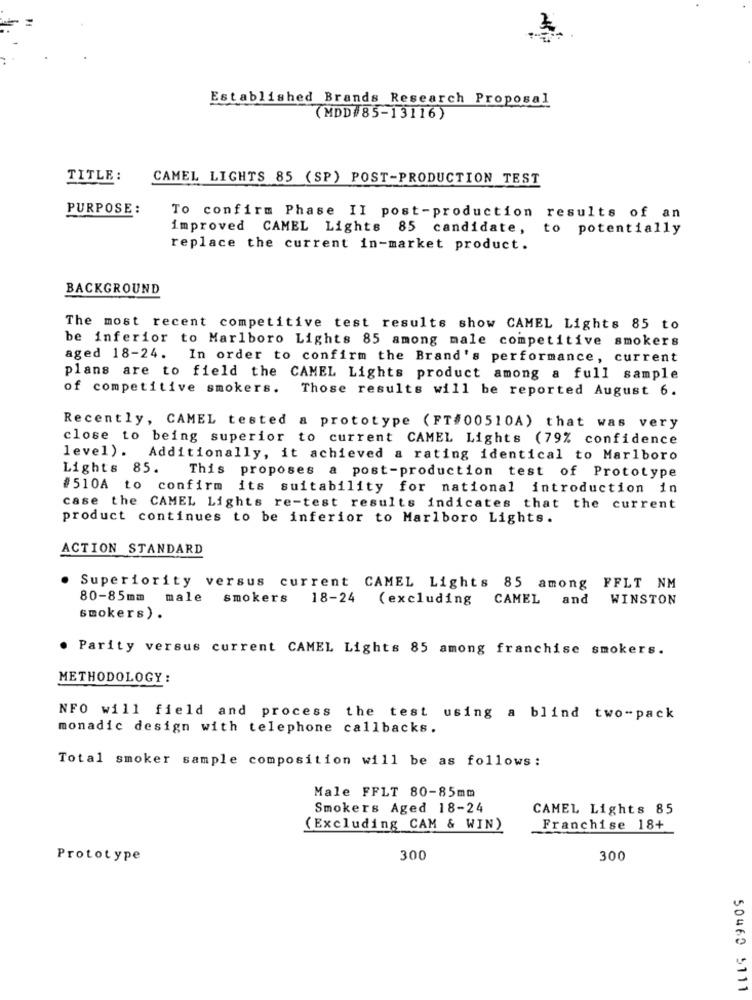
Established Brands Research Proposal
(MDD#85-13116)
TITLE:
CAMEL LIGHTS 85 (SP) POST-PRODUCTION TEST
PURPOSE:
To confirm Phase II post-production results of an
improved CAMEL Lights 85 candidate, to potentially
replace the current in-market product.
BACKGROUND
The most recent competitive test results show CAMEL Lights 85 to
be inferior to Marlboro Lights 85 among male competitive smokers
aged 18-24. In order to confirm the Brand's performance, current
plans are to field the CAMEL Lights product among a full sample
of competitive smokers.
Those results will be reported August 6.
Recently, CAMEL tested a prototype (FT#00510A) that was very
close to being superior to current CAMEL Lights (79% confidence
level). Additionally, it achieved a rating identical to Marlboro
Lights 85.
This proposes a post-production test of Prototype
#510A to confirm its suitability for national introduction in
case the CAMEL Lights re-test results indicates that the current
product continues to be inferior to Marlboro Lights.
ACTION STANDARD
. Superiority versus current CAMEL Lights 85 among FFLT NM
80-85mm male smokers
18-24
(excluding
CAMEL and
WINSTON
smokers ) .
. Parity versus current CAMEL Lights 85 among franchise smokers.
METHODOLOGY:
NFO will field and process the test using a blind two-pack
monadic design with telephone callbacks.
Total smoker sample composition will be as follows:
Male FFLT 80-85mm
Smokers Aged 18-24
CAMEL Lights 85
(Excluding CAM & WIN)
Franchise 18+
Prototype
300
300
50460 5111